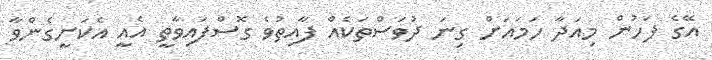
އޭގެ ފަހުން މިއަދާ ހަމައަށް ގިނަ ދުވަސްތަކެއް ފާއިތުވެ ގޮސްފައިވާތީ އެއީ އެކަށީގެންވާ